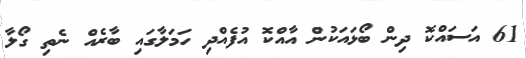
61 އަސައްކޮ ދިން ބޯޅައަކުން އާއްކޮ އުފެއްދި ހަމަލާގައި ބާރެއް ނެތި ގޯލާ